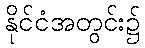
နိုင်ငံအတွင်း၌